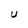
Character: U